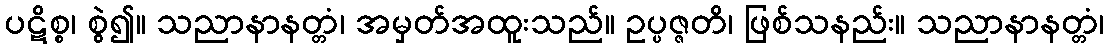
ပဋိစ္စ၊ စွဲ၍။ သညာနာနတ္တံ၊ အမှတ်အထူးသည်။ ဥပ္ပဇ္ဇတိ၊ ဖြစ်သနည်း။ သညာနာနတ္တံ၊